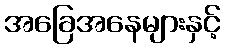
အခြေအနေများနှင့်